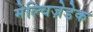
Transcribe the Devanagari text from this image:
मेल्चिज़ेडेक